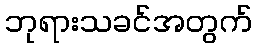
ဘုရားသခင်အတွက်